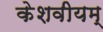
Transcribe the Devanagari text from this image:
केशवीयम्